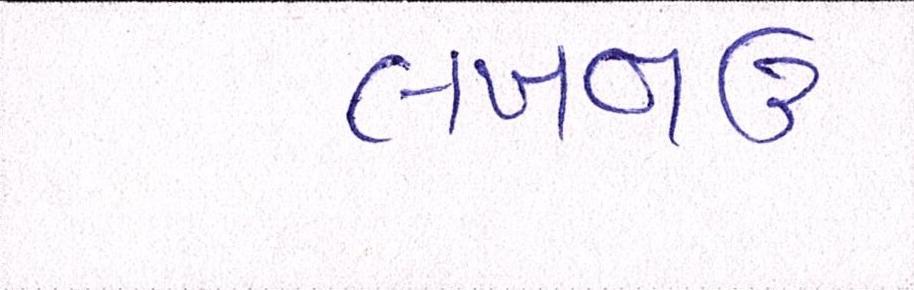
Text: લખનઉ